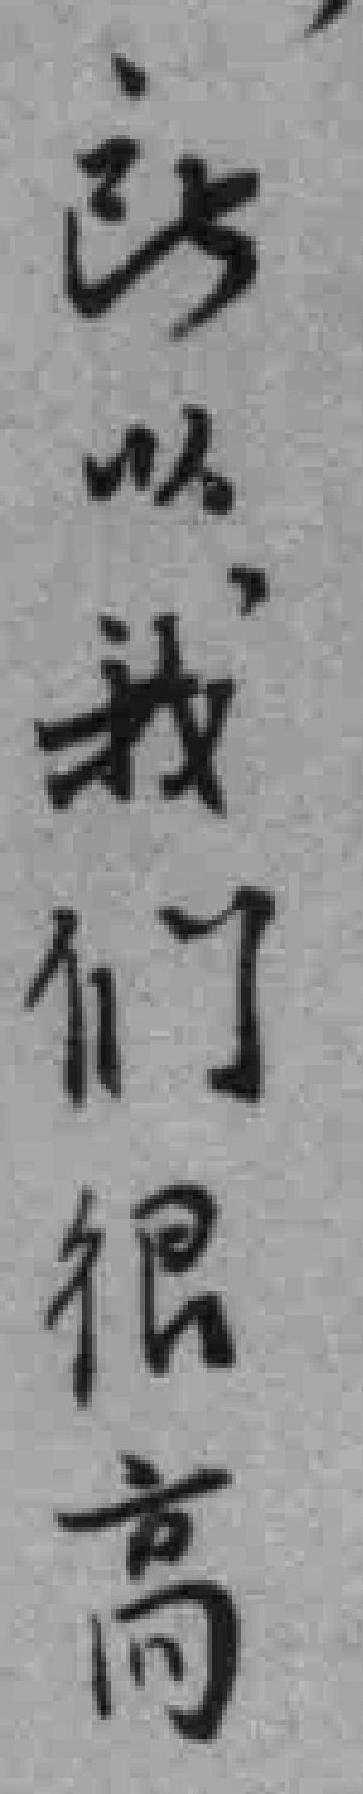
*以我们很高